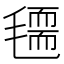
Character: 𣰃